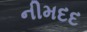
નીમદદ